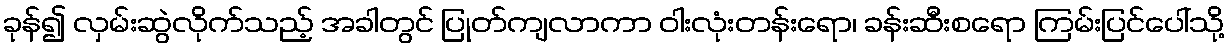
ခုန်၍ လှမ်းဆွဲလိုက်သည့် အခါတွင် ပြုတ်ကျလာကာ ဝါးလုံးတန်းရော၊ ခန်းဆီးစရော ကြမ်းပြင်ပေါ်သို့